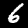
Label: 6